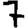
Digit: 7